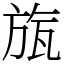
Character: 旊